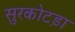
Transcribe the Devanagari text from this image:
सुरकोटड़ा